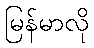
မြန်မာလို